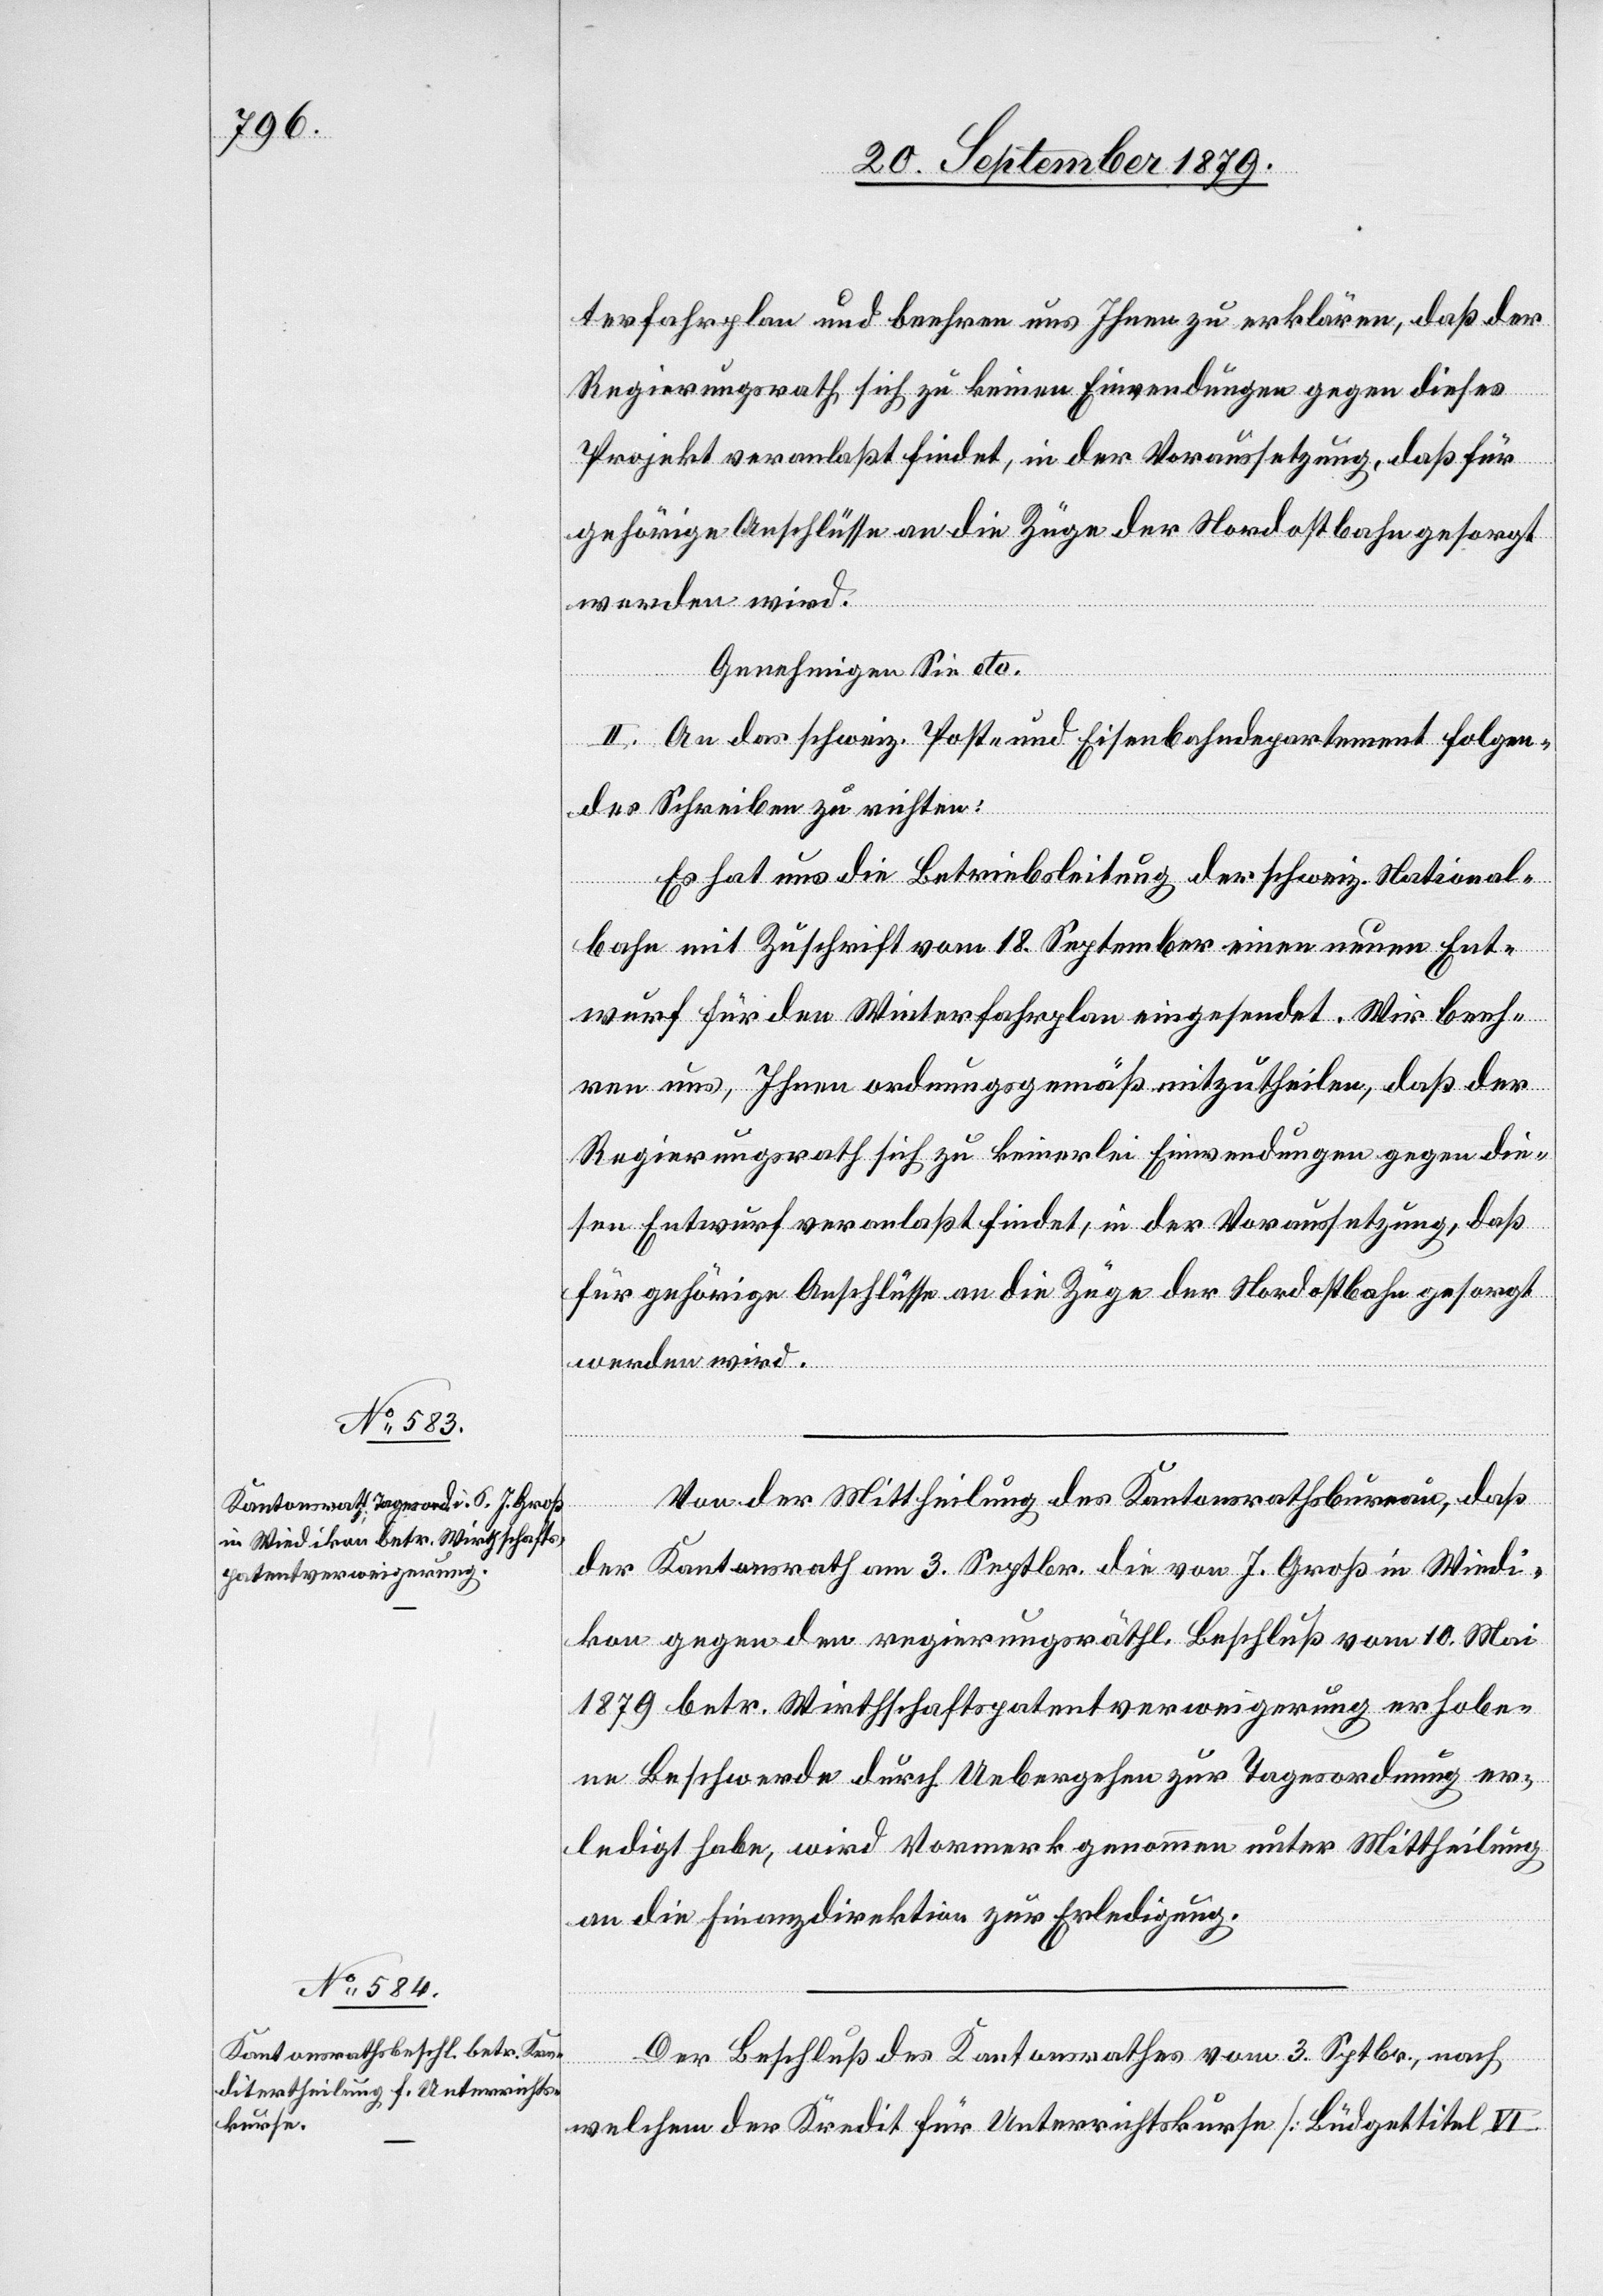
terfahrplan und beehren uns Ihnen zu erklären, daß der
Regierungsrath sich zu keinen Einwendungen gegen dieses
Projekt veranlaßt findet, in der Voraussetzung, daß für
gehörige Anschlüsse an die Züge der Nordostbahn gesorgt
werden wird.
Genehmigen Sie etc.
II. An das schweiz. Post- und Eisenbahndepartement folgen¬
des Schreiben zu richten:
Es hat uns die Betriebsleitung der schweiz. National¬
bahn mit Zuschrift vom 18. September einen neuen Ent¬
wurf für den Winterfahrplan eingesendet. Wir beeh¬
ren uns, Ihnen ordnungsgemäß mitzutheilen, daß der
Regierungsrath sich zu keinerlei Einwendungen gegen die¬
sen Entwurf veranlaßt findet, in der Voraussetzung, daß
für gehörige Anschlüsse an die Züge der Nordostbahn gesorgt
werden wird.
Von der Mittheilung des Kantonsrathsbureau, daß
der Kantonsrath am 3. Septbr. die von J. Groß in Wiedi¬
kon gegen den regierungsräthl. Beschluß vom 10. Mai
1879 betr. Wirthschaftspatentverweigerung erhobe¬
ne Beschwerde durch Uebernahme zur Tagesordnung er¬
ledigt habe, wird Vormerk genommen unter Mittheilung
an die Finanzdirektion zur Erledigung.
Der Beschluß des Kantonsrathes vom 3. Septbr., nach
welchem der Kredit für Unterrichtskurse [Büdgettitel VI